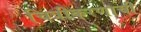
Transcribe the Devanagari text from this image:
चित्रीकरणाची